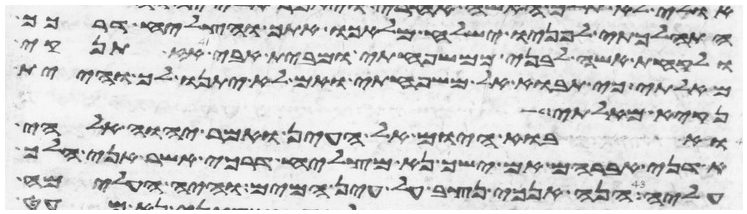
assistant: התהלכתי לפניו ישלח מלאכו אתך והצליח דרכך
ולקחת אשה לבני ממשפחתי ומבית אבי אז תנקיא
מאלתי כי תבוא אל משפחתי ואם לא יתנו לך והיית
נקיא מאלתי
ואבוא היום אל העין ואמר יהוה אלהי
אדני אברהם אם ישך נא מצליח דרכי אשר אני הלך
עליה הנה אנכי נצב על עין המים והיה העלמה